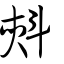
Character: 㪺